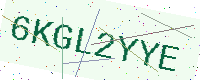
Text: 6KGL2YYE